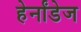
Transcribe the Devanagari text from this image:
हेर्नांडेज